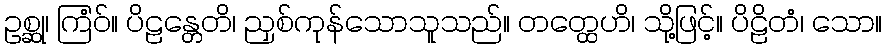
ဥစ္ဆု၊ ကြံဝ်။ ပိဠန္တေတိ၊ ညှစ်ကုန်သောသူသည်။ တတ္ထေဟိ၊ သို့ဖြင့်။ ပိဠိတံ၊ သော။